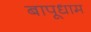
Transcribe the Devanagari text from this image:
बापूधाम